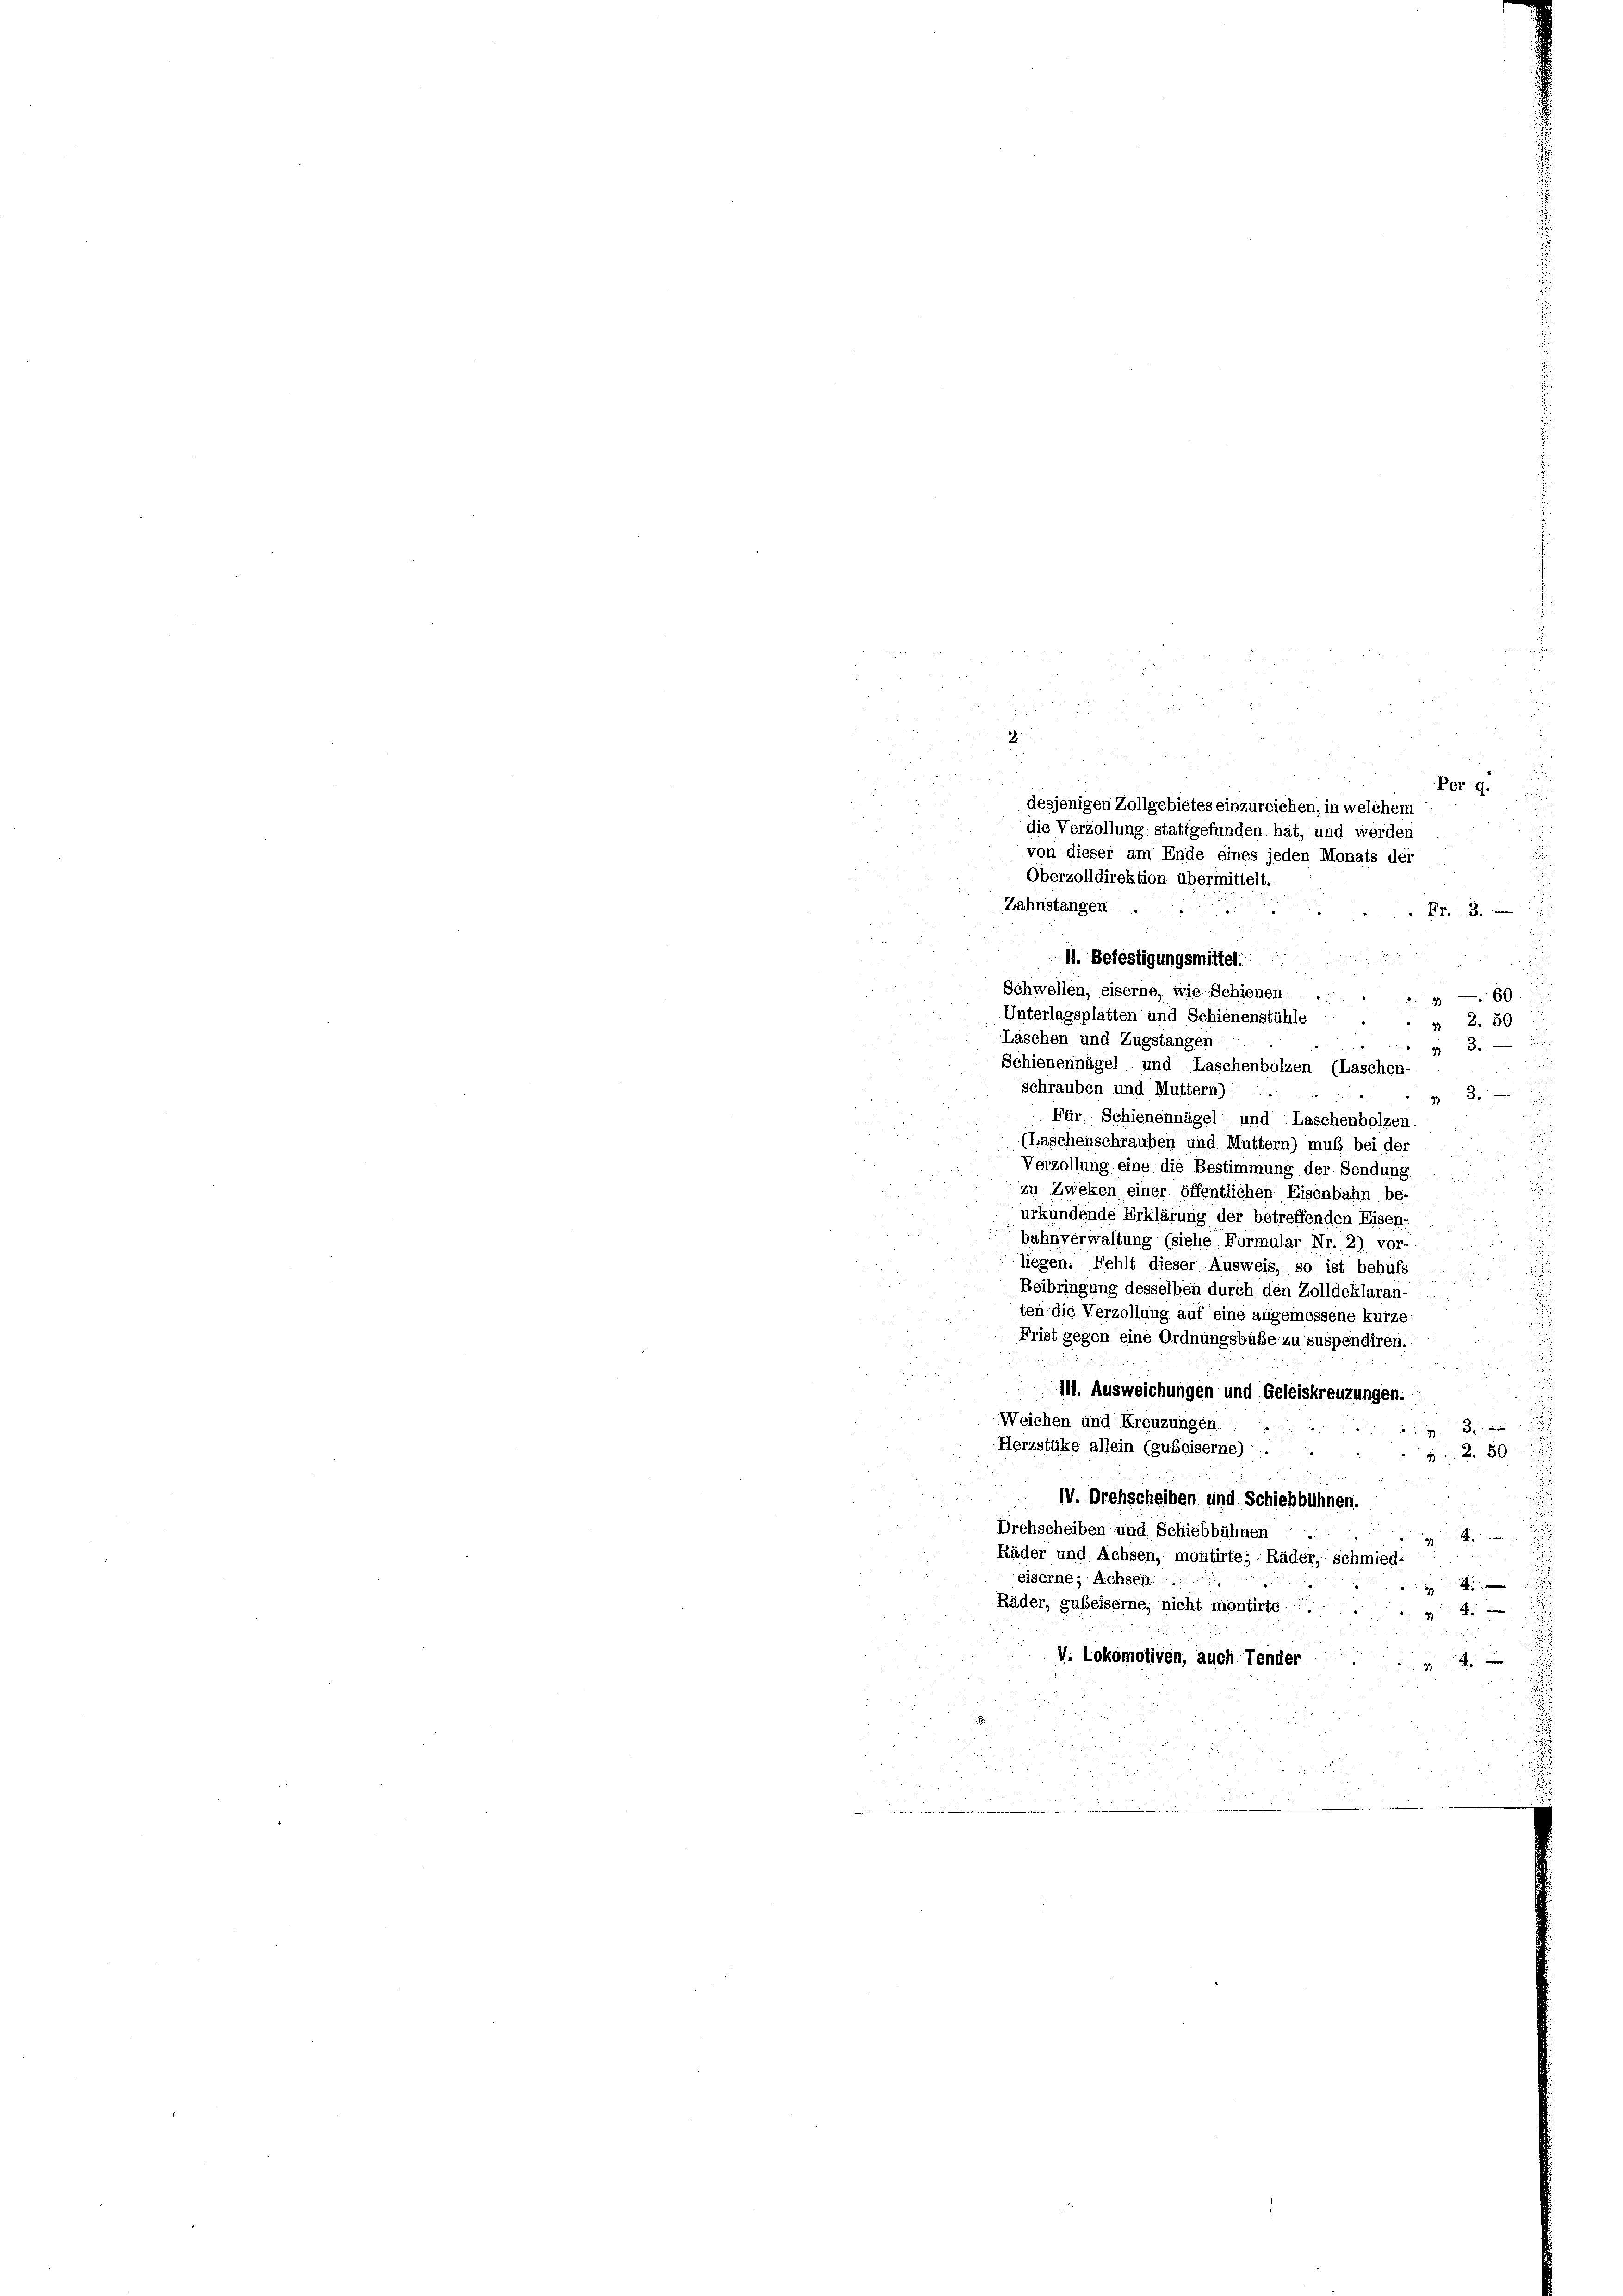
2.

Zahnstangen
Fr. 3.
11. Befestigungsmittel.
Schwellen, eiserne, wie Schienen
u
160
Unterlagsplatten und Schienenstühle
2.50
Laschen und Zugstangen
 3.
Schienennägel und Laschenbolzen (Laschen-
schrauben und Muttern)
3.
2
Für Schienennägel und Laschenbolzen.
(Laschenschrauben und Muttern) muß bei der
r
Verzollung eine die Bestimmung der Sendung
zu Zweken einer öffentlichen Eisenbahn be-
urkundende Erklärung der betreffenden Eisen-
bahnverwaltung (siehe Formular Nr. 2) vor-
liegen. Fehlt dieser Ausweis, so ist behufs
.
Beibringung desselben durch den Zolldeklaran .....
ten die Verzollung auf eine angemessene kurze
Frist gegen eine Ordnungsbuße zu suspendiren.
111. Ausweichungen und Geleiskreuzungen.
Weichen und Kreuzungen.
3.
Herzstüke allein (gubeiserne)
250
 IV. Drehscheiben und Schiebbühnen.
Drehscheiben und Schiebbühnen
4
Räder und Achsen, montirte; Räder, schmied-
eiserne, sichsen
d
Räder, gubeiserne, nicht montirte .

V. Lokomotiven, auch Tender

Per 9.
desjenigen Zollgebietes einzureichen, in welchem
die Verzollung stattgefunden hat, und werden
von dieser am Ende eines jeden Monats der
Oberzolldirektion übermittelt.